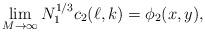
LaTeX: \begin{align*}\lim_{M\to\infty} N_1^{1/3}c_2(\ell,k)=\phi_2(x,y),\end{align*}